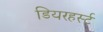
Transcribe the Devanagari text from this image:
डियरहर्स्ट